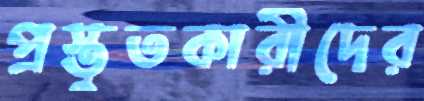
প্রস্তুতকারীদের